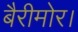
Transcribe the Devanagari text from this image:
बैरीमोर।